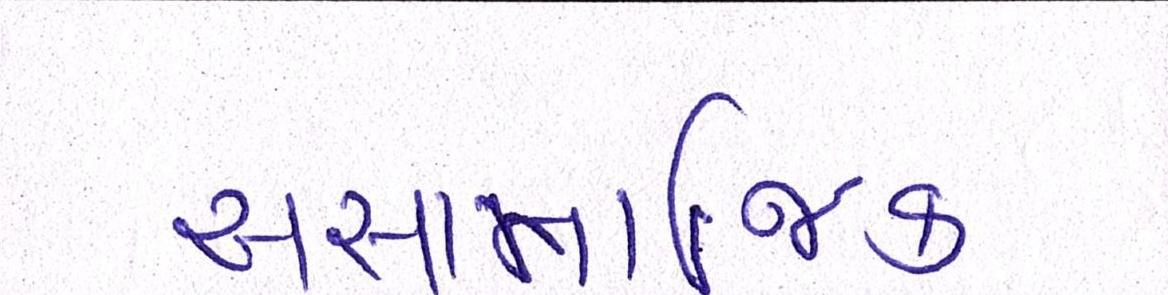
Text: અસામાજિક